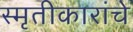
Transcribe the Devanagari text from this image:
स्मृतीकारांचे